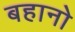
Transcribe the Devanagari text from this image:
बहानो